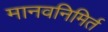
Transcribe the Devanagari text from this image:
मानवनिमिर्त